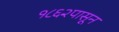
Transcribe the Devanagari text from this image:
१८६२पासून